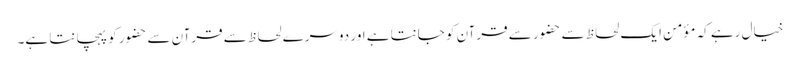
خیال رہے کہ مؤمن ایک لحاظ سے حضور سے قرآن کو جانتا ہے اور دوسرے لحاظ سے قرآن سے حضور کو پہچانتا ہے۔